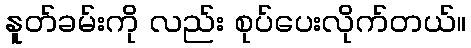
နူတ်ခမ်းကို လည်း စုပ်ပေးလိုက်တယ်။